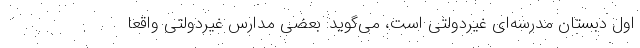
اول دبستان مدرسه‌ای غیردولتی است، می‌گوید: بعضی مدارس غیردولتی واقعاً